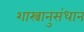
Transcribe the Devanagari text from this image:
शास्त्रानुसंधान